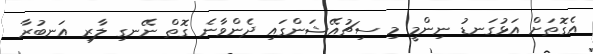
އެގޮތަށް އަޅުގަނޑު ނިންމީ މި ސިޗުއޭޝަންގައި ދެންވާނެ ގޮތް ނޭނގި ލާރި އަނބުރާ